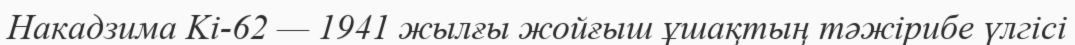
Накадзима Ki-62 — 1941 жылғы жойғыш ұшақтың тәжірибе үлгісі